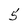
Character: 5